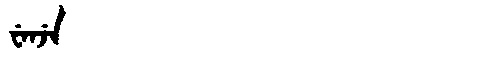
Manchu: ᠸᡝᠨᠵᡝ
Romanization: WENJE